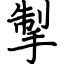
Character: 掣